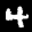
Label: 4